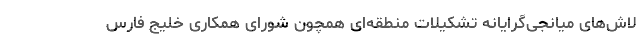
لاش‌های میانجی‌گرایانه تشکیلات منطقه‌ای همچون شورای همکاری خلیج فارس